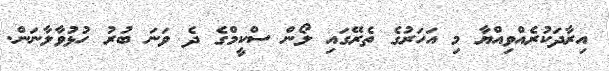
އިރާދަކުރެއްވިއްޔާ މި އަހަރުގެ ތެރޭގައި ލޯން ސްކީމްގެ ދެ ވަނަ ބުރު ހުޅުވާލާނަން.